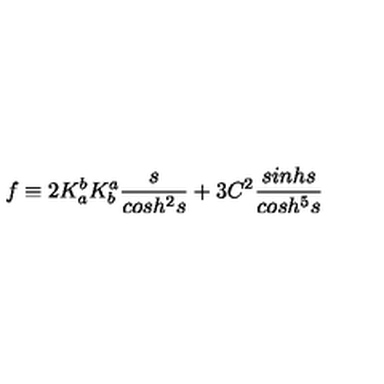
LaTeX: f \equiv 2 K _ { a } ^ { b } K _ { b } ^ { a } \frac { s } { c o s h ^ { 2 } s } + 3 C ^ { 2 } \frac { s i n h s } { c o s h ^ { 5 } s }